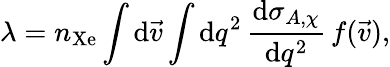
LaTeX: \lambda=n_{\mathrm{Xe}}\int\mathrm{d}\vec{v}\int\mathrm{d}q^{2}\, \frac{\mathrm{d}\sigma_{A,\chi}}{\mathrm{d}q^{2}}\, f(\vec{v}),